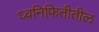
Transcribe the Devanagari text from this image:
ध्वनिफितीतील